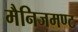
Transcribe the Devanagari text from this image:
मैनिजमण्ट